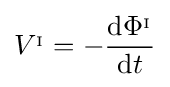
V^{_{\mathrm {I} }}=-{\frac {\mathrm {d} \mathrm {\Phi } ^{_{\mathrm {I} }}}{\mathrm {d} t}}